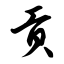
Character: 贡